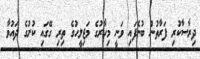
ދިރާސާކުރި ފަރާތުން ބުނެފައި ވަނީ މިހާރުގެ މަޖިލީހުގެ ތިރި ގޭގައި ކުށުގެ ދައުވާ